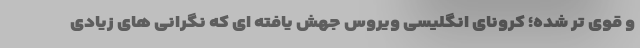
و قوی تر شده؛ کرونای انگلیسی ویروس جهش یافته ای که نگرانی های زیادی